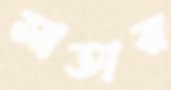
সাতার